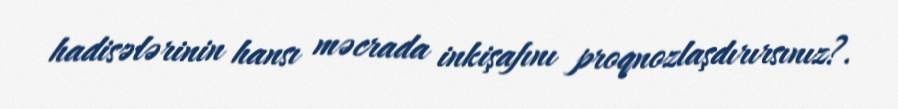
hadisələrinin hansı məcrada inkişafını proqnozlaşdırırsınız?.